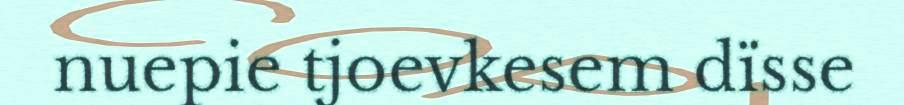
nuepie tjoevkesem dïsse